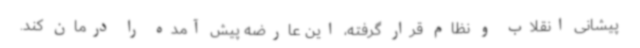
پیشانی انقلاب و نظام قرار گرفته، این عارضه پیش آمده را درمان کند.